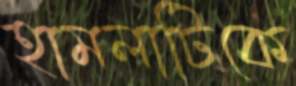
হামলাটিকে